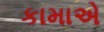
કામાએ